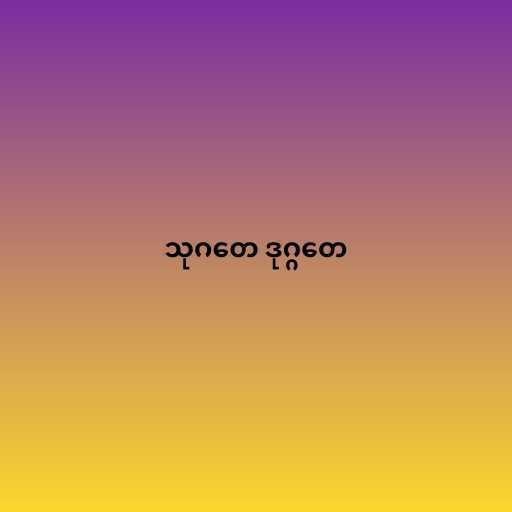
သုဂတေ ဒုဂ္ဂတေ